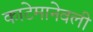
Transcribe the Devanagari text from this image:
काटेमानेवली